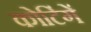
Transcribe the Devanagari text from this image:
कोटिंगें